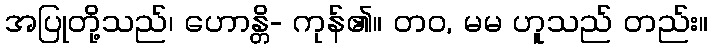
အပြုတို့သည်၊ ဟောန္တိ- ကုန်၏။ တဝ, မမ ဟူသည် တည်း။